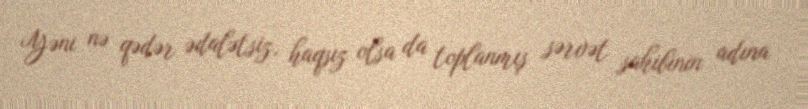
Yəni nə qədər ədalətsiz, haqsız olsa da toplanmış sərvət sahibinin adına